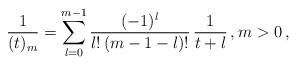
LaTeX: \begin{align*}\frac{1}{(t)_m} = \sum_{l=0}^{m-1}\frac{(-1)^l}{l!\,(m-1-l)!}\,\frac{1}{t+l}\,, m>0\,, \end{align*}